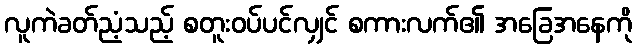
လူကဲခတ်ညံ့သည့် စတူးဝပ်ပင်လျှင် စကားလက်၏ အခြေအနေကို